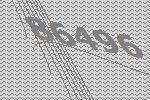
86496